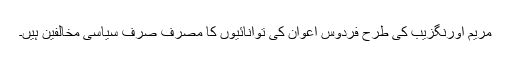
مریم اورنگزیب کی طرح فردوس اعوان کی توانائیوں کا مصرف صرف سیاسی مخالفین ہیں۔